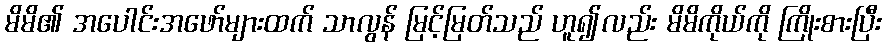
မိမိ၏ အပေါင်းအဖော်များထက် သာလွန် မြင့်မြတ်သည် ဟူ၍လည်း မိမိကိုယ်ကို ကြိုးစားပြီး